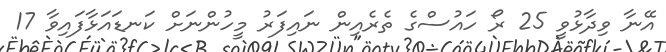
އޭނާ ވިދާޅުވީ 25 ރޯ ހައުސްގެ ތެރެއިން ނައިފަރު މީހުންނަށް ކަނޑައަޅާފައިވާ 17